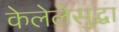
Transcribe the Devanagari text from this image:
केलेलेसुद्धा